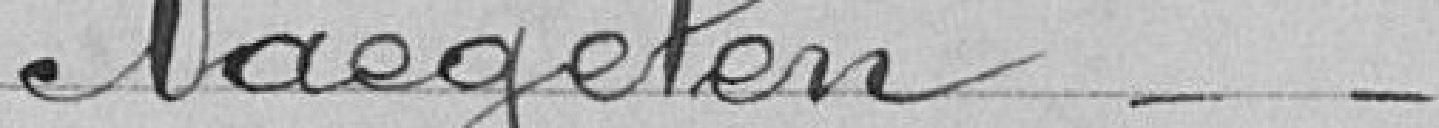
M.Naegelen